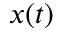
x ( t )